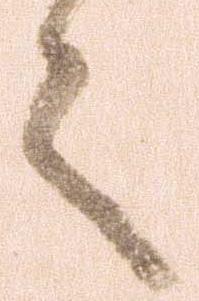
之